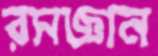
রসজ্ঞান